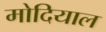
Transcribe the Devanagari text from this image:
मोदियाल